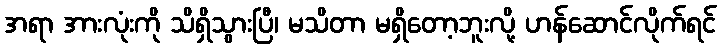
အရာ အားလုံးကို သိရှိသွားပြီ၊ မသိတာ မရှိတော့ဘူးလို့ ဟန်ဆောင်လိုက်ရင်